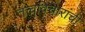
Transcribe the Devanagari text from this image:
तत्त्वविचारांची